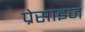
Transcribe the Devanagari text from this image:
प्रेसाइज